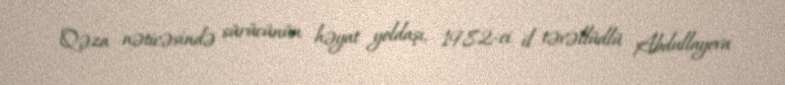
Qəza nəticəsində sürücünün həyat yoldaşı, 1982-ci il təvəllüdlü Abdullayeva